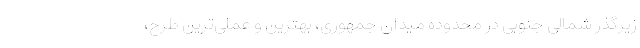
زیرگذر شمالی جنوبی در محدوده میدان جمهوری، بهترین و عملی‌ترین طرح،